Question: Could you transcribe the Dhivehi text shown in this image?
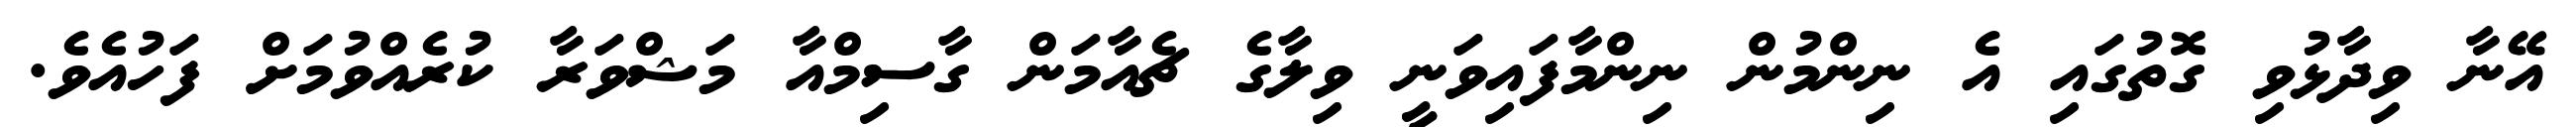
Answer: އޭނާ ވިދާޅުވި ގޮތުގައި އެ ނިންމުން ނިންމާފައިވަނީ ވިލާގެ ޗެއާމަން ގާސިމްއާ މަޝްވަރާ ކުރެއްވުމަށް ފަހުއެވެ.